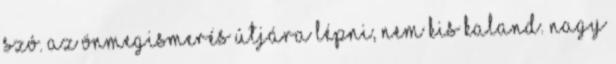
szó. Az önmegismerés útjára lépni, nem kis kaland. Nagy